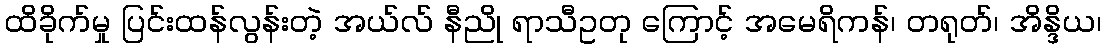
ထိခိုက်မှု ပြင်းထန်လွန်းတဲ့ အယ်လ် နီညို ရာသီဥတု ကြောင့် အမေရိကန်၊ တရုတ်၊ အိန္ဒိယ၊